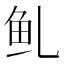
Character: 𱇍